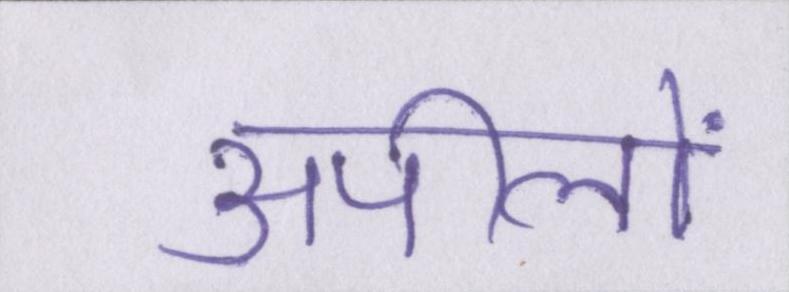
अपीलों